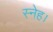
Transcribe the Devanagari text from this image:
स्नेह।